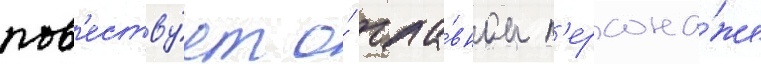
пов'еству́ет о́ гла́вном п'ерсона́же